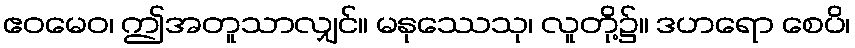
ဧဝမေဝ၊ ဤအတူသာလျှင်။ မနုဿေသု၊ လူတို့၌။ ဒဟရော စေပိ၊